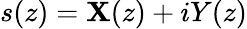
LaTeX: s(z)=\mathbf{X}(z)+iY(z)